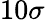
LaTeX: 10\sigma